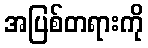
အပြစ်တရားကို